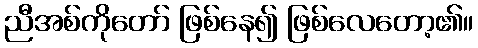
ညီအစ်ကိုတော် ဖြစ်နေ၍ ဖြစ်လေတော့၏။